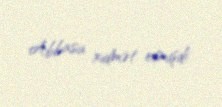
Abbasa xidmət etmişdi.